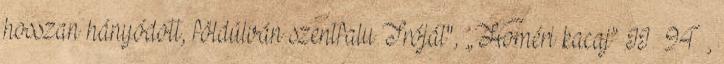
hosszan hányódott, földúlván szentfalu Tróját", „Homéri kacaj” II 94 ,